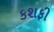
કશફી